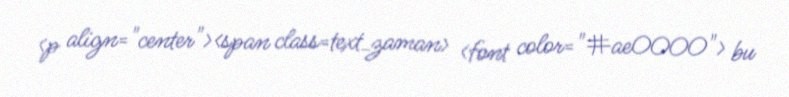
<p align="center"><span class=text_zaman> <font color="#ae0000"> bu